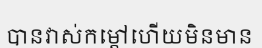
បានវាស់កម្តៅហើយមិនមាន